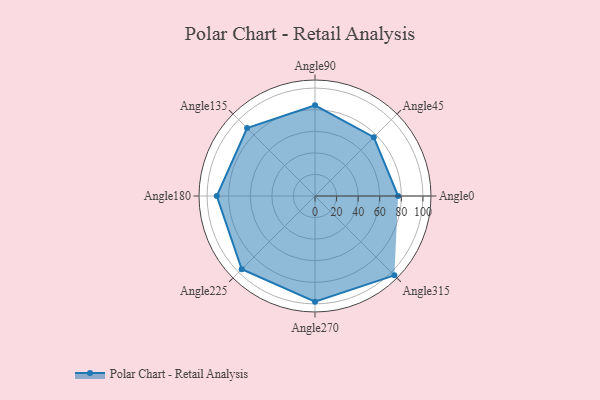
{"axis": {"x": "Angle", "y": "Radius"}, "legend": [""], "data": [{"x": "Angle0", "y": 77.0, "type": ""}, {"x": "Angle45", "y": 77.0, "type": ""}, {"x": "Angle90", "y": 84.0, "type": ""}, {"x": "Angle135", "y": 89.0, "type": ""}, {"x": "Angle180", "y": 91.0, "type": ""}, {"x": "Angle225", "y": 96.0, "type": ""}, {"x": "Angle270", "y": 98.0, "type": ""}, {"x": "Angle315", "y": 104.0, "type": ""}]}